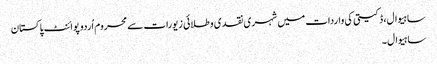
ساہیوال، ڈکیتی کی واردات میں شہری نقدی و طلائی زیورات سے محروم اُردو پوائنٹ پاکستان
ساہیوال۔